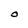
Character: O